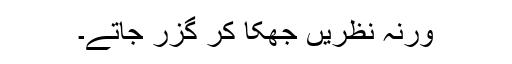
ورنہ نظریں جھکا کر گزر جاتے۔